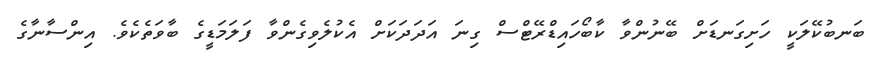
ބަނބުކޭލަކީ ހަށިގަނޑަށް ބޭނުންވާ ކާބޯހައިޑްރޭޓްސް ގިނަ އަދަދަކަށް އެކުލެވިގެންވާ ފަލަމަޑީގެ ބާވަތެކެވެ. އިންސާނާގެ